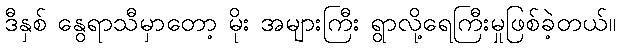
ဒီနှစ် နွေရာသီမှာတော့ မိုး အများကြီး ရွာလို့ရေကြီးမှုဖြစ်ခဲ့တယ်။